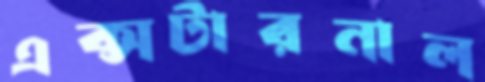
এক্সটারনাল